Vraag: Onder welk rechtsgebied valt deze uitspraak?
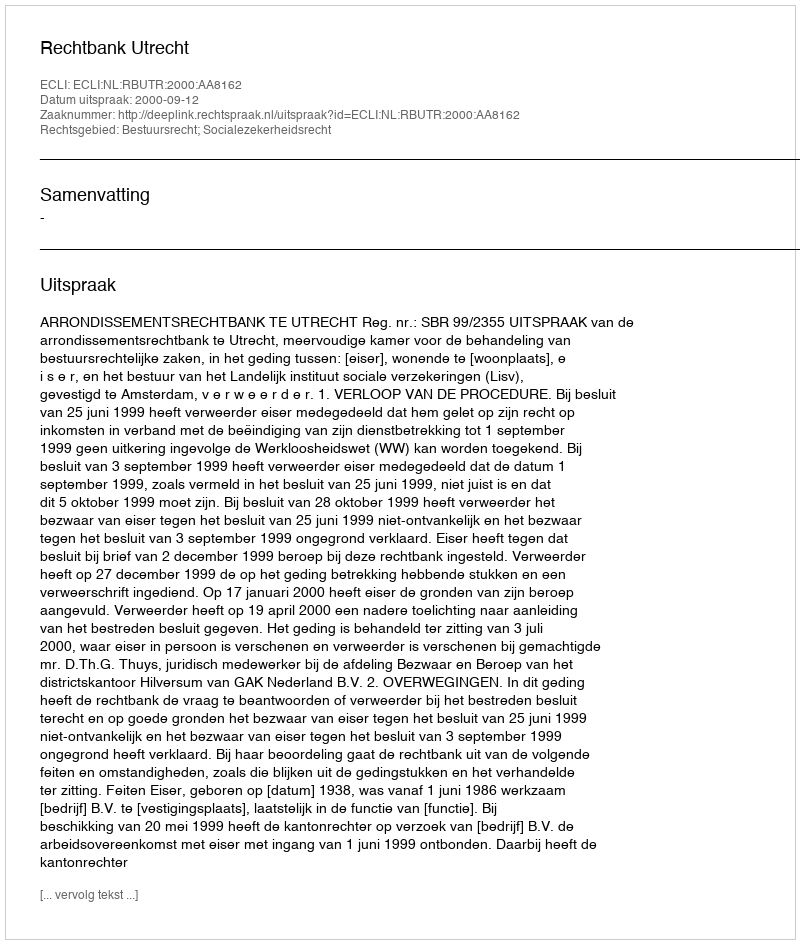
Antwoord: Bestuursrecht; Socialezekerheidsrecht